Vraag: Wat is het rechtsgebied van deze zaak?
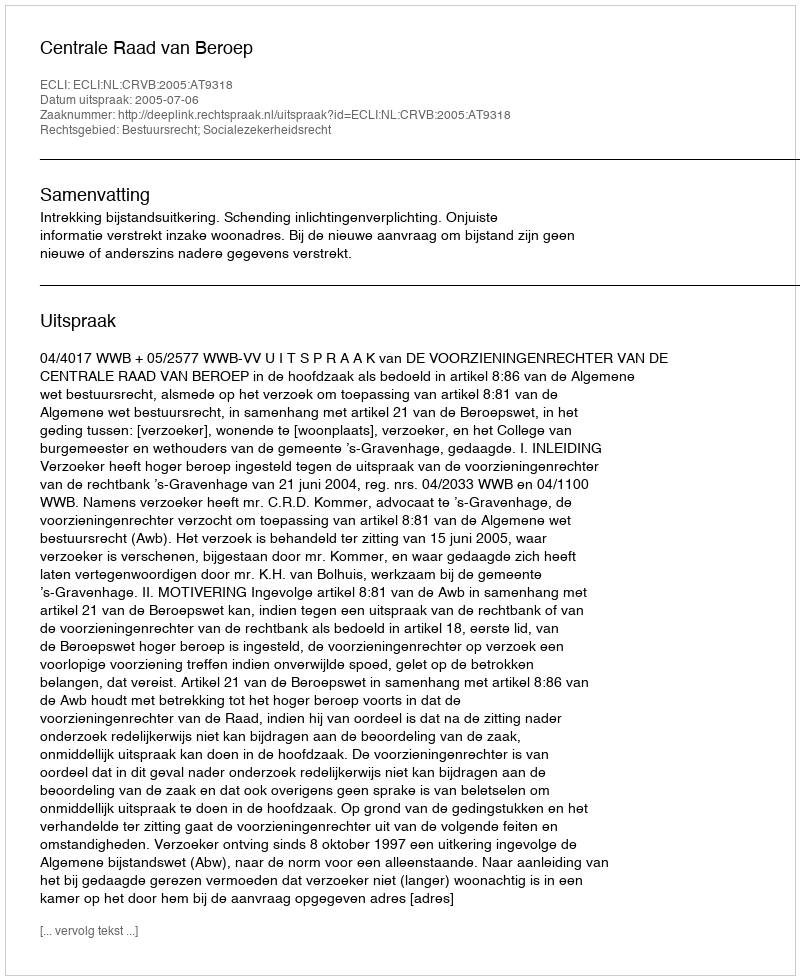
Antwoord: Bestuursrecht; Socialezekerheidsrecht